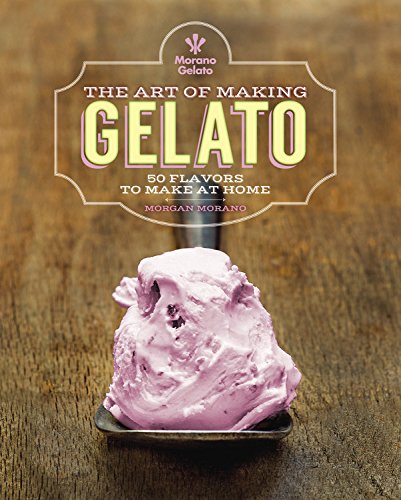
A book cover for The Art of Making Gelato: 50 Flavors to Make at Home; Morgan Morano; Cookbooks, Food & Wine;